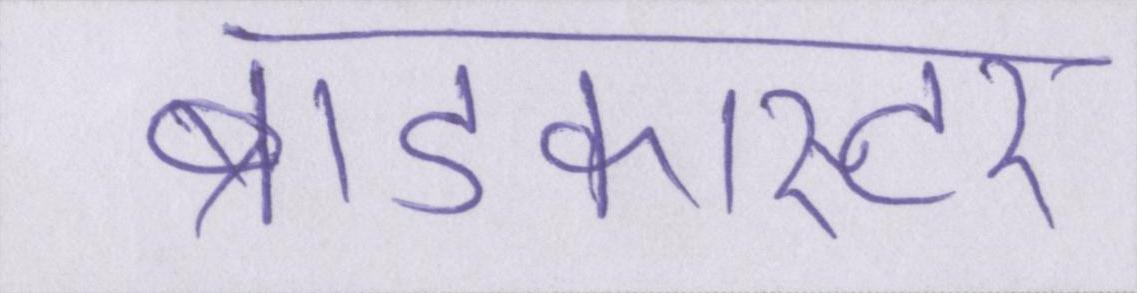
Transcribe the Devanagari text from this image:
ब्राडकास्टर